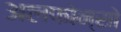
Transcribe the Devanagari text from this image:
अलफोन्सो